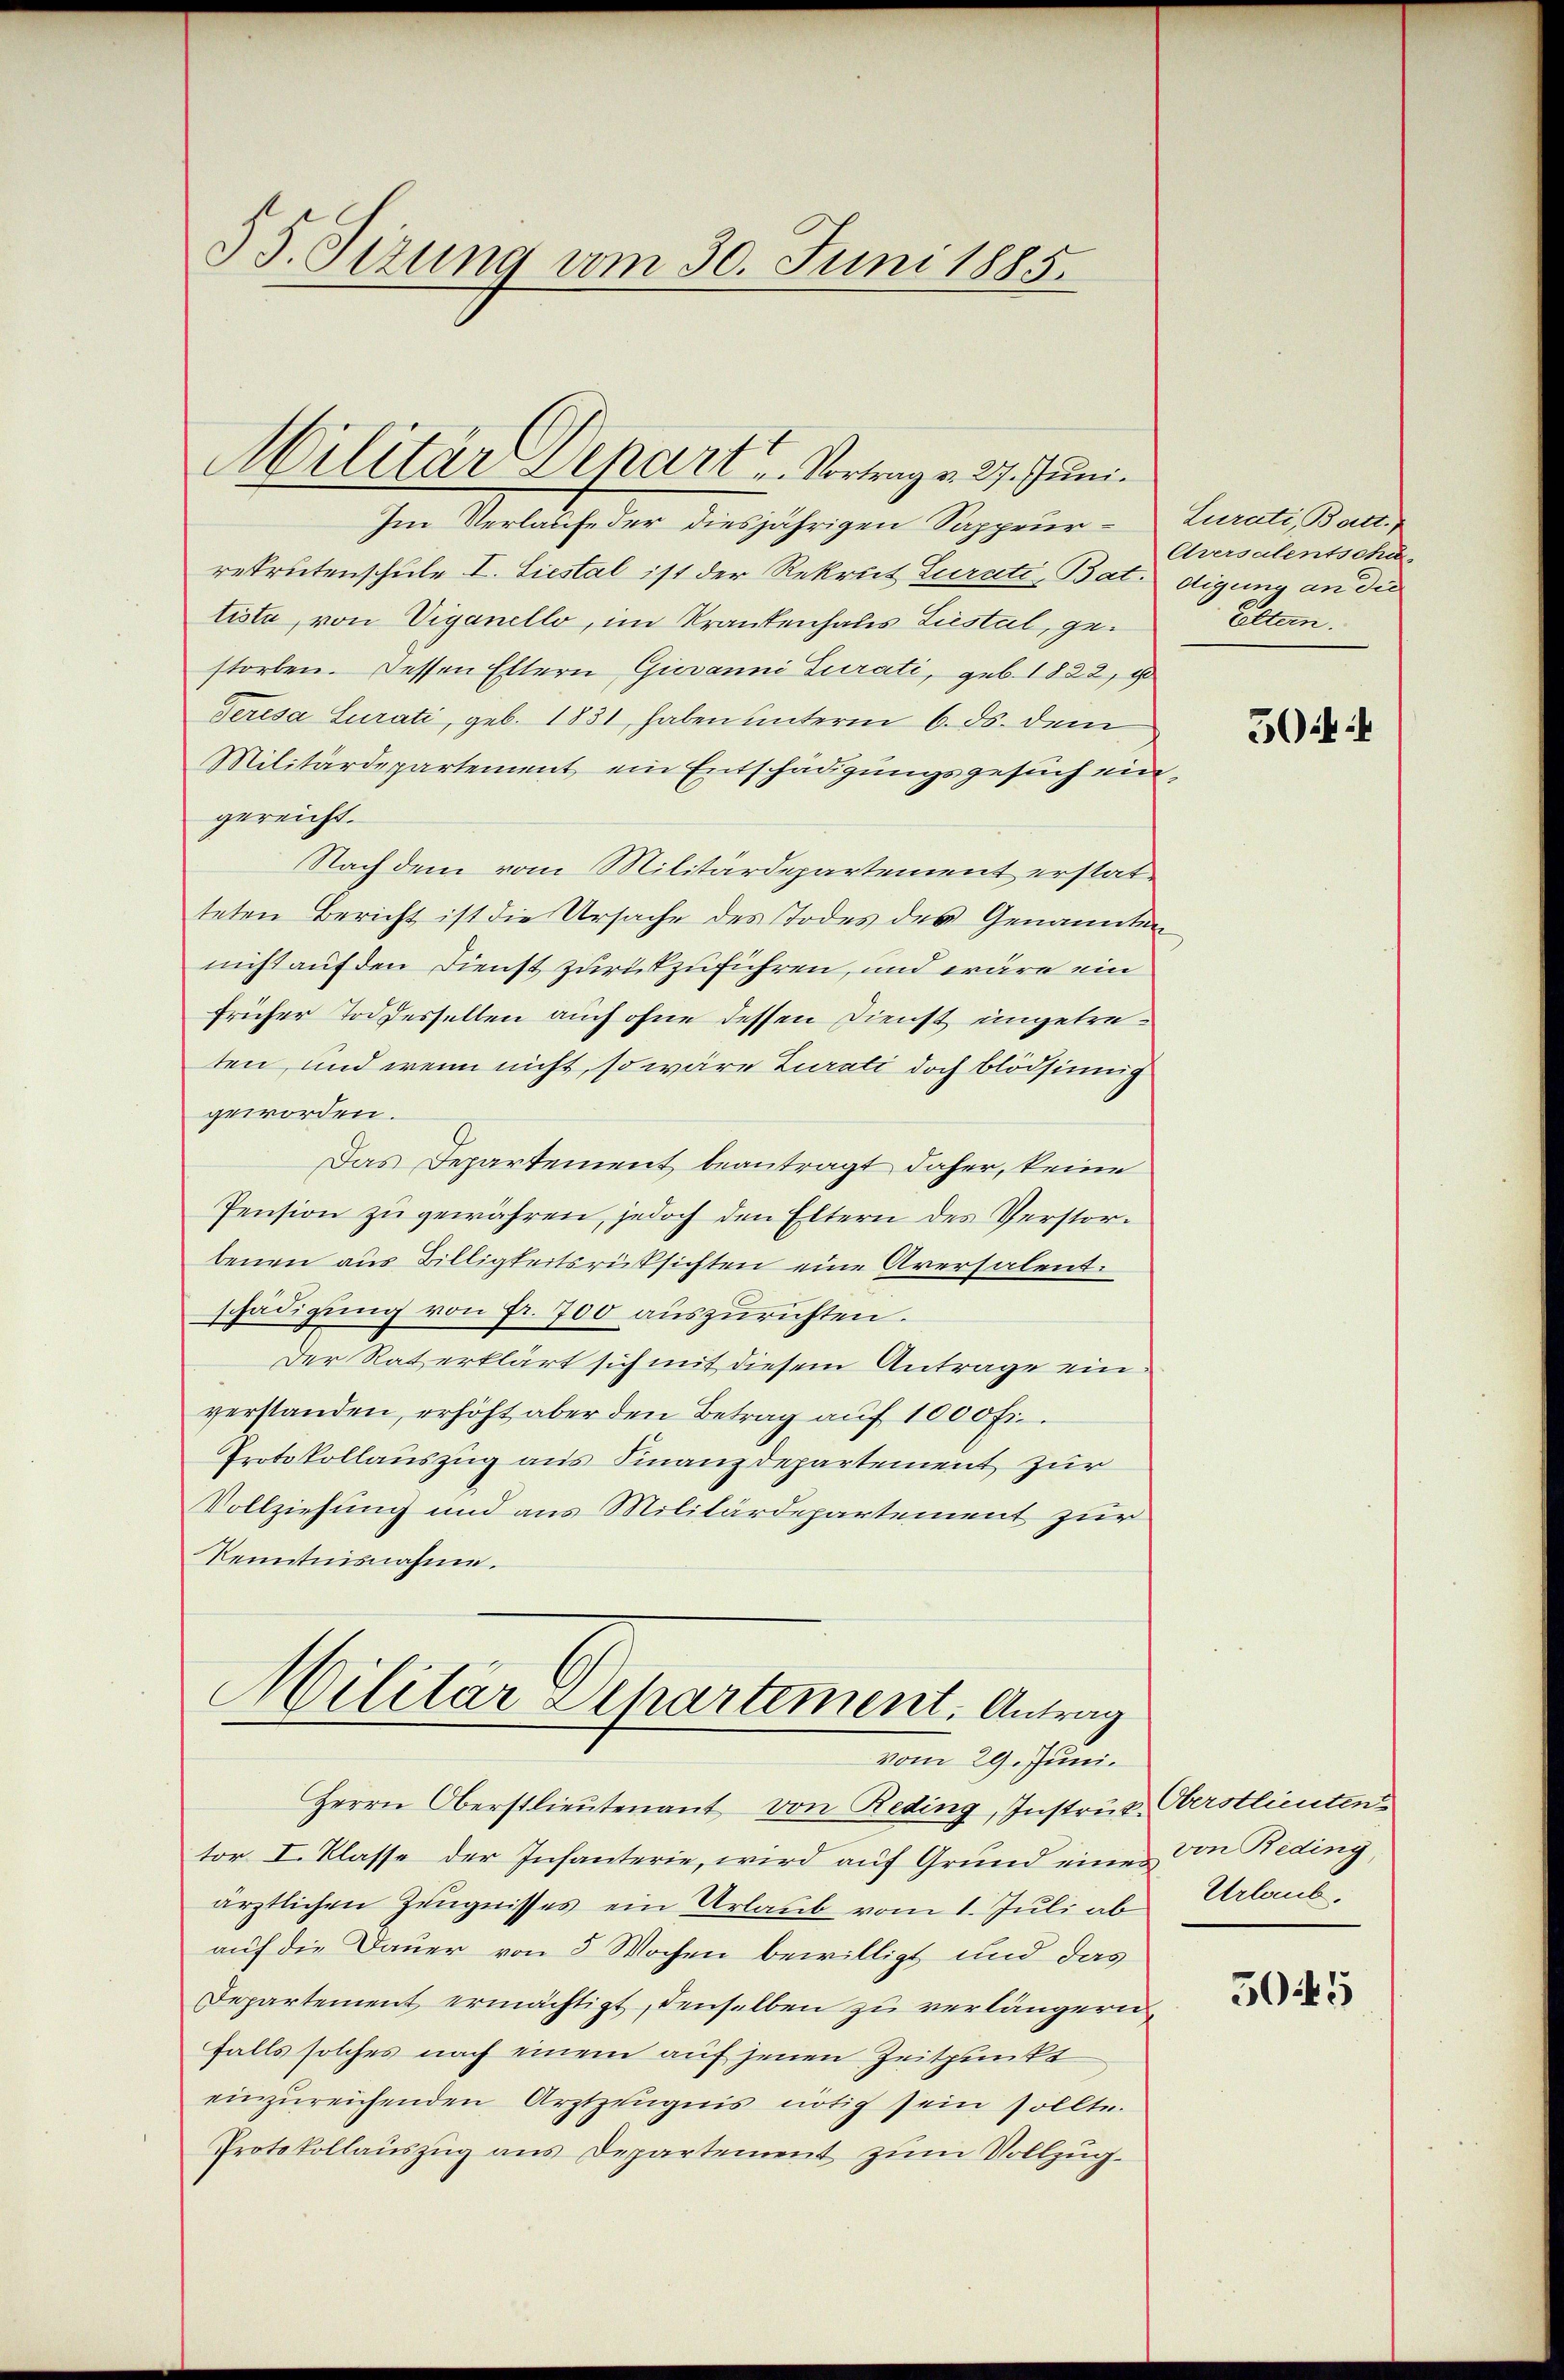
55. Sizung vom 30. Juni 1885.

Militär Depart u. Vortrag v. 27. Juni.

Im Verlaufe der diesjährigen Sappeur- Zurati, Batt.
rekrutenschule I. Liestal ist der Rekrut Curati, Bat. digung an die
tiste, von Viganello, im Krankenhaus Liestal, gestorben. Dessen Eltern Giovanni Turati, geb. 1822, 1
Teresa Curati, geb. 1831, haben unterm 6. ds. dem
Militärdepartement ein Entschädigungsgesuch eingereicht.
Nachdem vom Militärdepartement erstatteten Bericht ist die Ursache des Todes des Genannten
nicht auf den Dienst zurückzuführen, und wäre ein
früher Tod dessellen auch ohne dessen Dienst eingetreten, und wenn nicht, so wäre Zurati doch blödsinnig
geworden.
Das Departement beantragt daher, keine
Pension zŭ gewähren, jedoch den Eltern des Verstor-
benen aus Billigkeitsrücksichten eine Aversalent.
schädigung von Fr. 700 auszurichten.
Der Rat erklärt sich mit diesem Antrage einverstanden, erhöht aber den Betrag auf 1000 Fr.
Protokollauszug aus Finanzdepartement zur
Vollziehung und aus Militärdepartement zur
Kenntnisnahme.

Militär Departement. Antrag
vom 29. Juni.

Herrn Oberstlieutenant, von Reding, Instrut Oberstlieuten
tor I. Klasse der Infanterie, wird auf Grund eines von Reding,
ärztlichen Zeugnisses ein Urlaub vom 1. Juli ab
auf die Dauer von 5 Wochen bewilligt und das
Departement ermächtigt, denselben zu verlängern,
falls solches nach einem auf jenen Zeitpunkt
einzureichenden Arztzeugnis nötig sein sollte.
Protokollauszug aus Departement zum Vollzug.

Aversalentschu
Eltern.

50:

Urlaub.

50.45